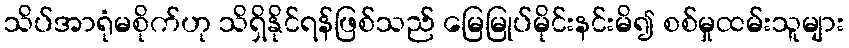
သိပ်အာရုံမစိုက်ဟု သိရှိနိုင်ရန်ဖြစ်သည် မြေမြုပ်မိုင်းနင်းမိ၍ စစ်မှုထမ်းသူများ